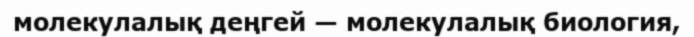
молекулалық деңгей — молекулалық биология,